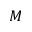
M